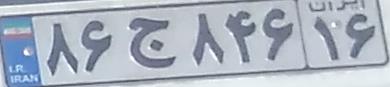
۸۶ج۸۴۶۱۶